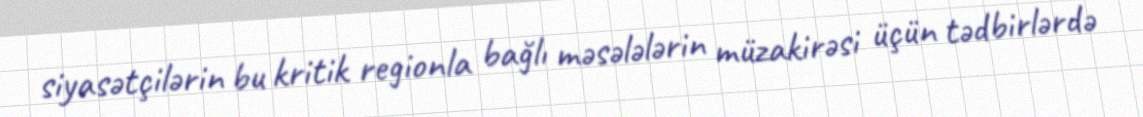
siyasətçilərin bu kritik regionla bağlı məsələlərin müzakirəsi üçün tədbirlərdə